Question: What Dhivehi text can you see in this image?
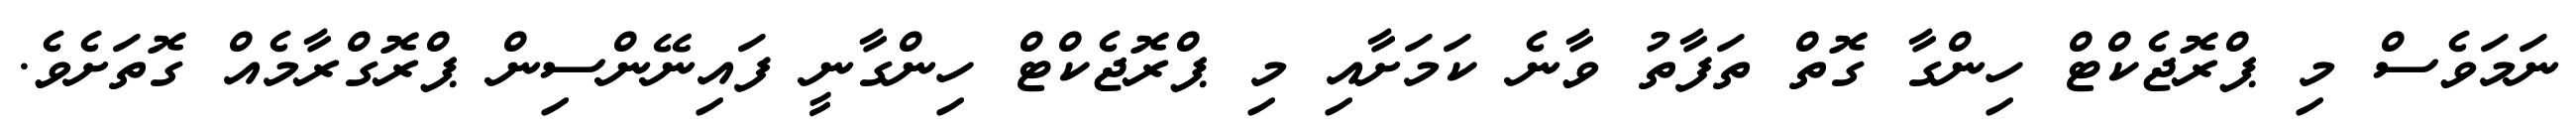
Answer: ނަމަވެސް މި ޕްރޮޖެކްޓް ހިންގާ ގޮތް ތަފާތު ވާނެ ކަމަށާއި މި ޕްރޮޖެކްޓް ހިންގާނީ ފައިނޭންސިން ޕްރޮގްރާމެއް ގޮތަށެވެ.